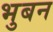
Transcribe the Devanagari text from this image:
भुबन